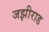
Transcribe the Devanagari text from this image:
जझीराड